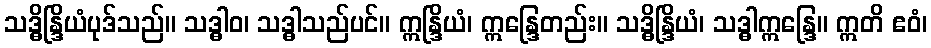
သဒ္ဓိန္ဒြိယံပုဒ်သည်။ သဒ္ဓါဝ၊ သဒ္ဓါသည်ပင်။ ဣန္ဒြိယံ၊ ဣန္ဒြေတည်း။ သဒ္ဓိန္ဒြိယံ၊ သဒ္ဓါဣန္ဒြေ။ ဣတိ ဧဝံ၊